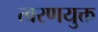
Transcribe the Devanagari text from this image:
त्वरणयुक्त